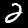
Label: 2